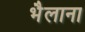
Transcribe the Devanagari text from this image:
भैलाना